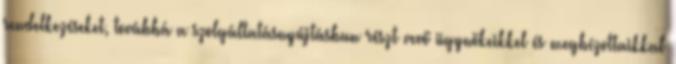
rendelkezéseket, továbbá a szolgáltatásnyújtásban részt vevő ügynökeikkel és megbízottaikkal